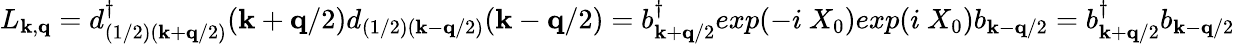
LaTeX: L_{{\mathbf{k}},{\mathbf{q}}}=d_{(1/2)({\mathbf{k}}+{\mathbf{q}}/2)}^{\dagger}({\mathbf{k}}+{\mathbf{q}}/2)d_{(1/2)({\mathbf{k}}-{\mathbf{q}}/2)}({\mathbf{k}}-{\mathbf{q}}/2)=b_{{\mathbf{k}}+{\mathbf{q}}/2}^{\dagger}exp(-i\mathrm{~}X_{0})exp(i\mathrm{~}X_{0})b_{{\mathbf{k}}-{\mathbf{q}}/2}=b_{{\mathbf{k}}+{\mathbf{q}}/2}^{\dagger}b_{{\mathbf{k}}-{\mathbf{q}}/2}